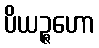
ပိယဉ္ဇဟော